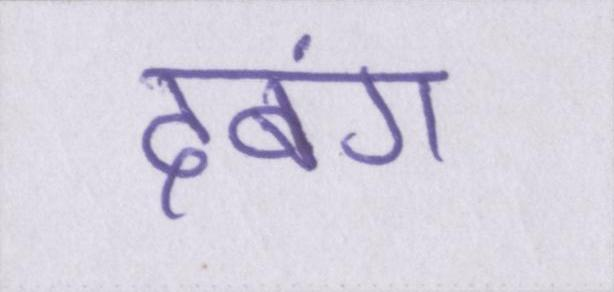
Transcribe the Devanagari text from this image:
दबंग